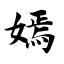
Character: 嫣